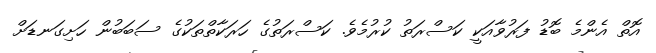
އޮތް އެންމެ ބޮޑު ފަރުވާއަކީ ކަސްރަތު ކުރުމެވެ. ކަސްރަތުގެ ހަރަކާތްތަކުގެ ސަބަބުން ހަށިގަނޑަށް